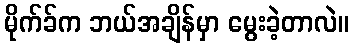
မိုက်ခ်က ဘယ်အချိန်မှာ မွေးခဲ့တာလဲ။